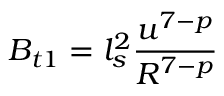
B _ { t 1 } = l _ { s } ^ { 2 } \frac { u ^ { 7 - p } } { R ^ { 7 - p } }